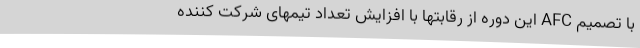
با تصمیم AFC این دوره از رقابتها با افزایش تعداد تیمهای شرکت کننده